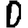
Digit: 0